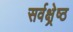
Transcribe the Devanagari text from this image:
सर्वक्ष्रेष्ठ